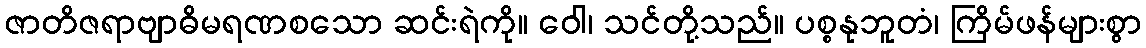
ဇာတိဇရာဗျာဓိမရဏစသော ဆင်းရဲကို။ ဝေါ၊ သင်တို့သည်။ ပစ္စနုဘူတံ၊ ကြိမ်ဖန်များစွာ